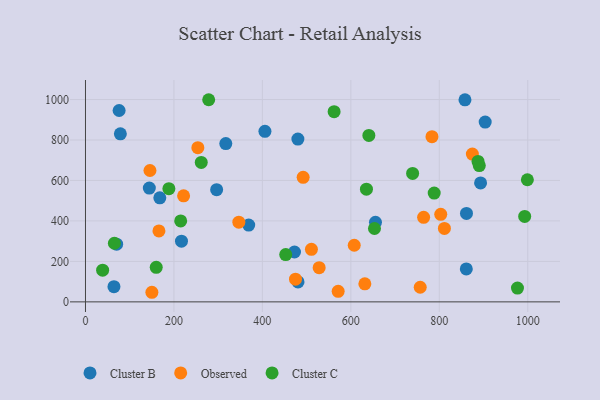
{"axis": {"x": "Study Hours", "y": "Profit"}, "legend": ["Cluster B", "Cluster C", "Observed"], "data": [{"x": "296.6", "y": 554.4, "type": "Cluster B"}, {"x": "144.4", "y": 562.3, "type": "Cluster B"}, {"x": "480.3", "y": 804.7, "type": "Cluster B"}, {"x": "317.3", "y": 782.3, "type": "Cluster B"}, {"x": "76.1", "y": 945.8, "type": "Cluster B"}, {"x": "858.1", "y": 998.5, "type": "Cluster B"}, {"x": "78.9", "y": 830.3, "type": "Cluster B"}, {"x": "70.5", "y": 284.9, "type": "Cluster B"}, {"x": "217.1", "y": 299.8, "type": "Cluster B"}, {"x": "405.8", "y": 842.8, "type": "Cluster B"}, {"x": "655.7", "y": 393.5, "type": "Cluster B"}, {"x": "893.4", "y": 587.9, "type": "Cluster B"}, {"x": "369.1", "y": 379.3, "type": "Cluster B"}, {"x": "861.5", "y": 437.3, "type": "Cluster B"}, {"x": "168.1", "y": 514.3, "type": "Cluster B"}, {"x": "480.6", "y": 98.6, "type": "Cluster B"}, {"x": "64.4", "y": 75.2, "type": "Cluster B"}, {"x": "903.8", "y": 888.6, "type": "Cluster B"}, {"x": "861.1", "y": 163.0, "type": "Cluster B"}, {"x": "472.6", "y": 246.4, "type": "Cluster B"}, {"x": "631.7", "y": 89.2, "type": "Observed"}, {"x": "145.8", "y": 649.1, "type": "Observed"}, {"x": "571.4", "y": 51.9, "type": "Observed"}, {"x": "811.6", "y": 362.9, "type": "Observed"}, {"x": "607.7", "y": 279.7, "type": "Observed"}, {"x": "510.9", "y": 259.7, "type": "Observed"}, {"x": "221.9", "y": 524.1, "type": "Observed"}, {"x": "150.2", "y": 47.4, "type": "Observed"}, {"x": "783.5", "y": 816.2, "type": "Observed"}, {"x": "803.3", "y": 432.7, "type": "Observed"}, {"x": "166.1", "y": 350.6, "type": "Observed"}, {"x": "474.9", "y": 111.9, "type": "Observed"}, {"x": "756.9", "y": 72.3, "type": "Observed"}, {"x": "492.2", "y": 615.5, "type": "Observed"}, {"x": "874.8", "y": 730.4, "type": "Observed"}, {"x": "764.6", "y": 417.9, "type": "Observed"}, {"x": "528.4", "y": 169.0, "type": "Observed"}, {"x": "346.8", "y": 393.7, "type": "Observed"}, {"x": "254.1", "y": 761.8, "type": "Observed"}, {"x": "993.1", "y": 422.4, "type": "Cluster C"}, {"x": "188.6", "y": 559.2, "type": "Cluster C"}, {"x": "890.5", "y": 673.7, "type": "Cluster C"}, {"x": "215.3", "y": 399.9, "type": "Cluster C"}, {"x": "999.2", "y": 603.5, "type": "Cluster C"}, {"x": "160.0", "y": 170.9, "type": "Cluster C"}, {"x": "38.8", "y": 156.5, "type": "Cluster C"}, {"x": "562.2", "y": 940.0, "type": "Cluster C"}, {"x": "653.5", "y": 362.5, "type": "Cluster C"}, {"x": "788.5", "y": 537.7, "type": "Cluster C"}, {"x": "976.8", "y": 68.4, "type": "Cluster C"}, {"x": "261.8", "y": 689.1, "type": "Cluster C"}, {"x": "739.7", "y": 634.9, "type": "Cluster C"}, {"x": "65.4", "y": 289.8, "type": "Cluster C"}, {"x": "452.8", "y": 233.9, "type": "Cluster C"}, {"x": "887.6", "y": 693.9, "type": "Cluster C"}, {"x": "635.3", "y": 556.8, "type": "Cluster C"}, {"x": "640.8", "y": 822.5, "type": "Cluster C"}, {"x": "278.6", "y": 999.0, "type": "Cluster C"}]}